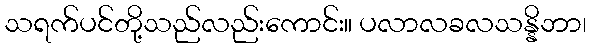
သရက်ပင်တို့သည်လည်းကောင်း။ ပလာလခလသန္နိဘာ၊